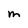
Character: M